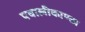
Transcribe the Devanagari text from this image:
पवालीकाण्ठा